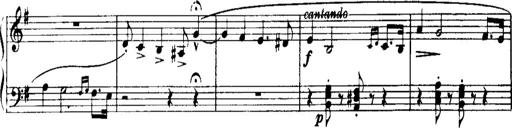
Title: Historische ungarische Bildnisse
Composer: Franz Liszt